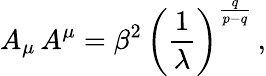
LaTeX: A_{\mu}\, A^{\mu}=\beta^{2}\, \left(\frac{1}{\lambda}\right)^{\frac q{p-q}}\, ,